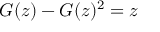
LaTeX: G ( z ) - G ( z ) ^ { 2 } = z